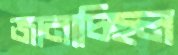
জানাচ্ছিল